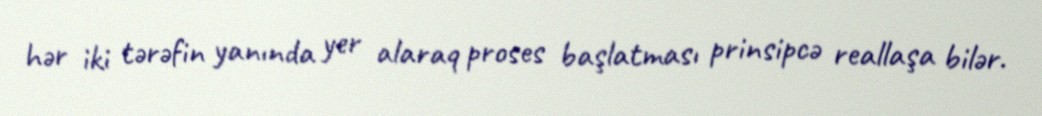
hər iki tərəfin yanında yer alaraq proses başlatması prinsipcə reallaşa bilər.